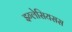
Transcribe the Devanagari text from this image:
इग्लेसियसस